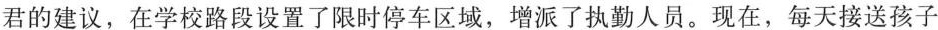
君的建议，在学校路段设置了限时停车区域，增派了执勤人员。现在，每天接送孩子